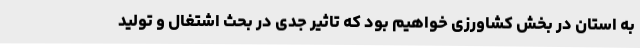
به استان در بخش کشاورزی خواهیم بود که تاثیر جدی در بحث اشتغال و تولید